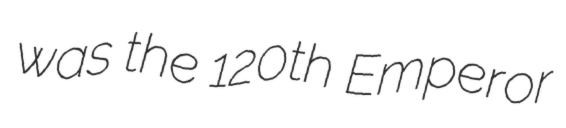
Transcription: was the 120th Emperor